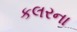
કલરના